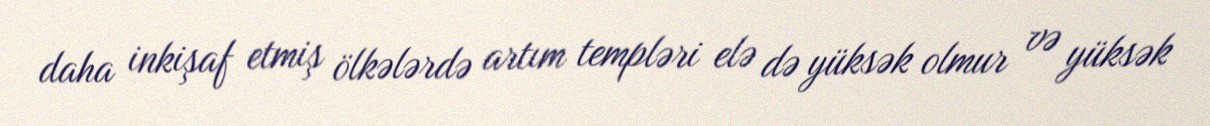
daha inkişaf etmiş ölkələrdə artım templəri elə də yüksək olmur və yüksək